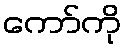
ကော်ကို